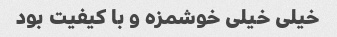
خیلی خیلی خوشمزه و با کیفیت بود